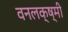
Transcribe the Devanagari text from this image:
वनलक्ष्मी